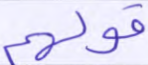
قولهم